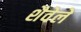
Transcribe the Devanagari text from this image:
शैवेले